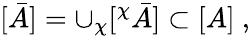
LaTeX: [\bar{A}]=\cup_{\chi}[^{\chi}\bar{A}]\subset[A]\ ,